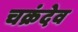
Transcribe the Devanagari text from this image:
चक्रंदेव